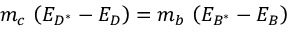
m _ { c } \, \left( E _ { D ^ { * } } - E _ { D } \right) = m _ { b } \, \left( E _ { B ^ { * } } - E _ { B } \right)